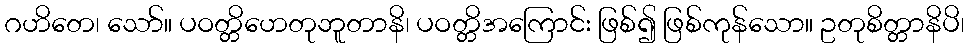
ဂဟိတေ၊ သော်။ ပဝတ္တိဟေတုဘူတာနိ၊ ပဝတ္တိအကြောင်း ဖြစ်၍ ဖြစ်ကုန်သော။ ဥတုစိတ္တာနိပိ၊